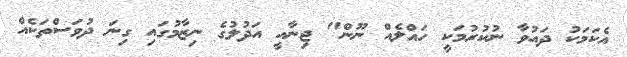
އެކަމަކު ދައުވާ ނުކުރުމަކީ ހައްލެއް ނޫން" ޖިނާއީ އަދުލުގެ ނިޒާމުގައި ގިނަ ދުވަސްތަކެއް